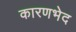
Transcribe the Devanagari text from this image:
कारणभेद